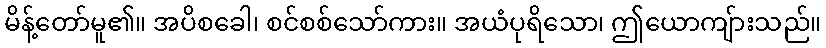
မိန့်တော်မူ၏။ အပိစခေါ၊ စင်စစ်သော်ကား။ အယံပုရိသော၊ ဤယောကျ်ားသည်။